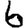
Digit: 6